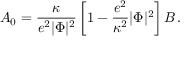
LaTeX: A _ { 0 } = { \frac { \kappa } { e ^ { 2 } | \Phi | ^ { 2 } } } \left[ 1 - { \frac { e ^ { 2 } } { \kappa ^ { 2 } } } | \Phi | ^ { 2 } \right] B \, .